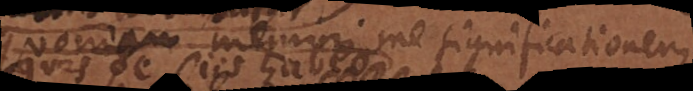
quoniam memini me significationem